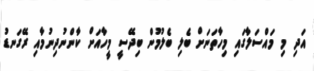
އަދި މި މައްސަލާގައި މިހާތަނަށް ބެލި ބެލުމުން ބިދޭސީ މީހާއަށް ކާންނުދިނުމާއި ރޭގަނޑު